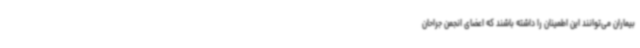
بیماران می‌توانند این اطمینان را داشته باشند که اعضای انجمن جراحان